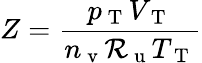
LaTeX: Z=\frac{p_{\mathrm{~T~}}V_{\mathrm{~T~}}}{n_{\mathrm{~v~}}\mathcal{R}_{\mathrm{~u~}}T_{\mathrm{~T~}}}